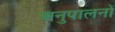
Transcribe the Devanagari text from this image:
अनुपालनों